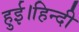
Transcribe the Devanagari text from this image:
हुई।हिन्दी